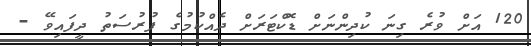
120 އަށް ވުރެ ގިނަ ކުދިންނަށް ޑޮކްޓަރަށް ދެއްކުމުގެ ފުރުސަތު ދީފަައިވޭ -